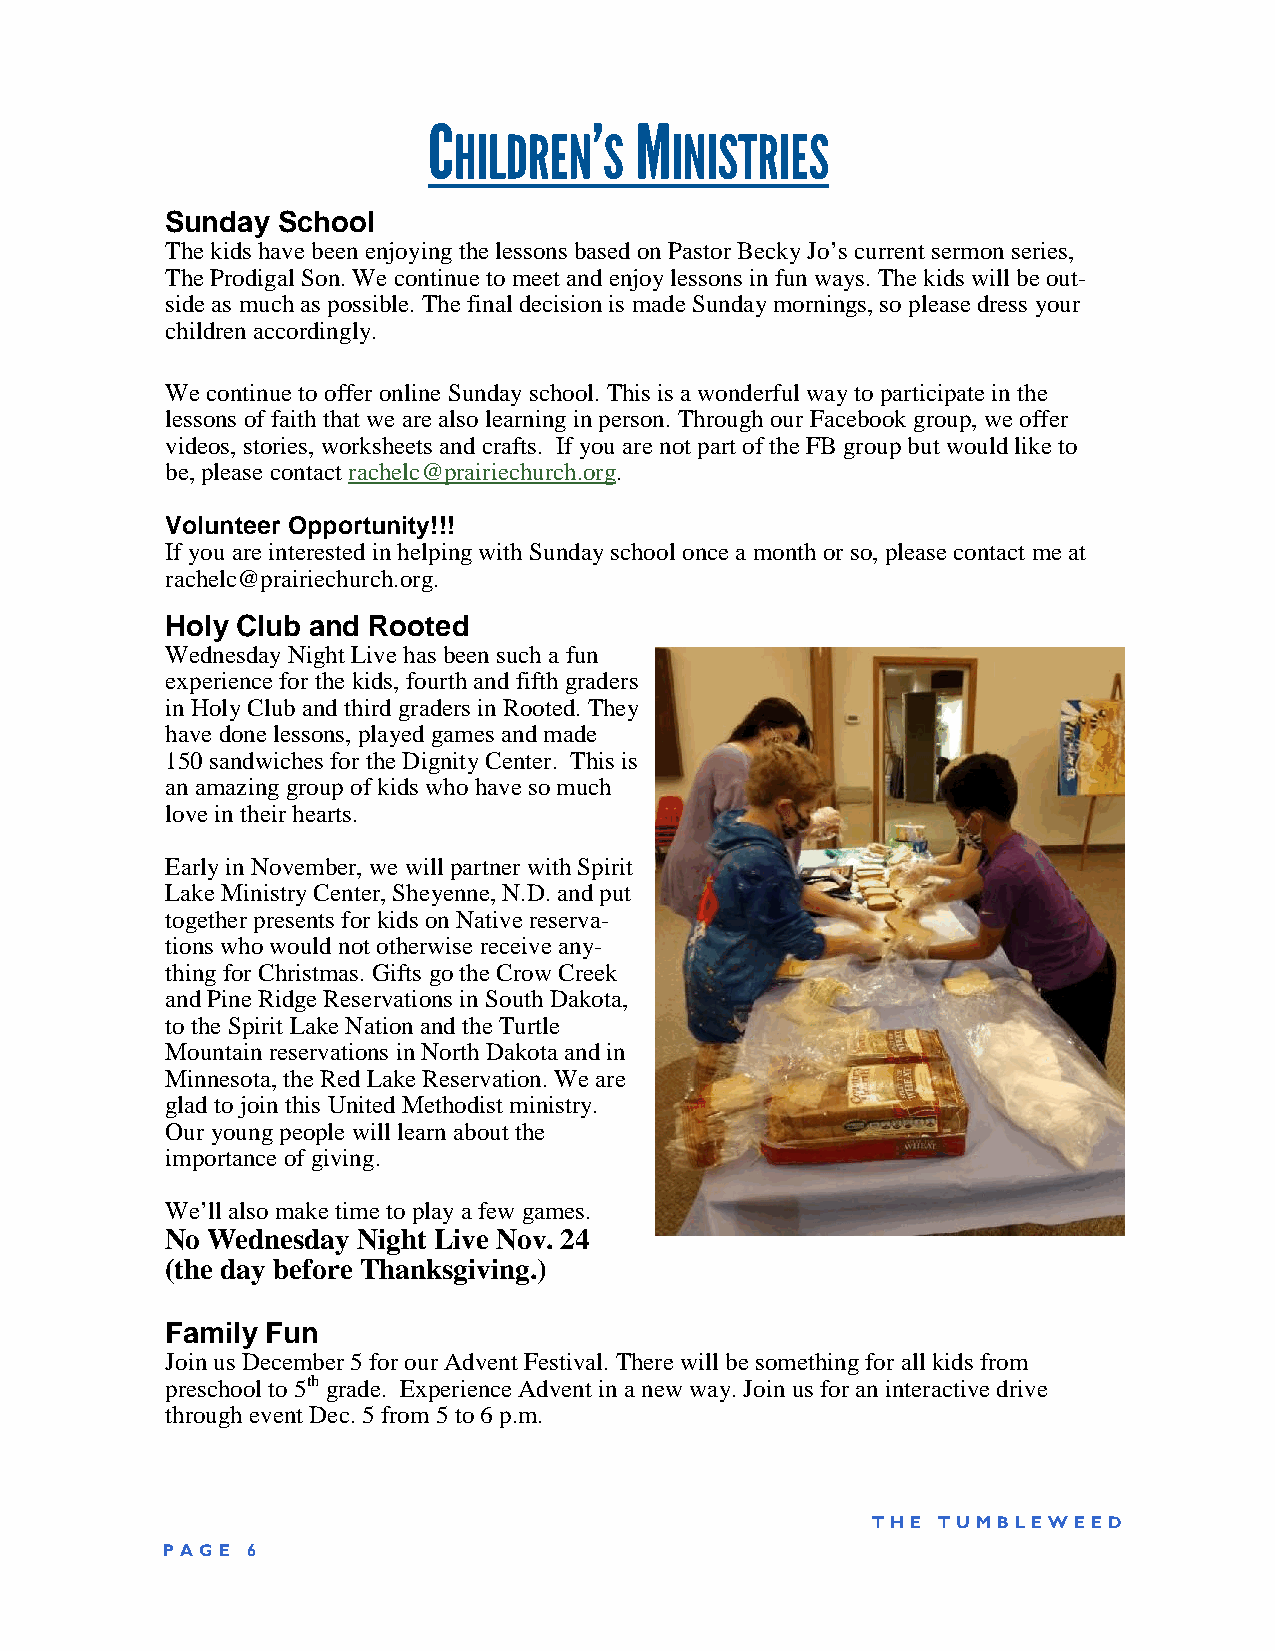
C          ’  M
 HILDREN   S   INISTRIES
 Sunday School
 The kids have been enjoying the lessons based on Pastor Becky Jo’s current sermon series,
 The Prodigal Son. We continue to meet and enjoy lessons in fun ways. The kids will be out-
 side as much as possible. The final decision is made Sunday mornings, so please dress your
 children accordingly.
 We continue to offer online Sunday school. This is a wonderful way to participate in the
 lessons of faith that we are also learning in person. Through our Facebook group, we offer
 videos, stories, worksheets and crafts. If you are not part of the FB group but would like to
 be, please contact rachelc@prairiechurch.org.
 Volunteer Opportunity!!!
 If you are interested in helping with Sunday school once a month or so, please contact me at
 rachelc@prairiechurch.org.
 Holy Club and Rooted
 Wednesday Night Live has been such a fun
 experience for the kids, fourth and fifth graders
 in Holy Club and third graders in Rooted. They
 have done lessons, played games and made
 150 sandwiches for the Dignity Center. This is
 an amazing group of kids who have so much
 love in their hearts.
 Early in November, we will partner with Spirit
 Lake Ministry Center, Sheyenne, N.D. and put
 together presents for kids on Native reserva-
 tions who would not otherwise receive any-
 thing for Christmas. Gifts go the Crow Creek
 and Pine Ridge Reservations in South Dakota,
 to the Spirit Lake Nation and the Turtle
 Mountain reservations in North Dakota and in
 Minnesota, the Red Lake Reservation. We are
 glad to join this United Methodist ministry.
 Our young people will learn about the
 importance of giving.
 We’ll also make time to play a few games.
 No Wednesday Night Live Nov. 24
 (the day before Thanksgiving.)
 Family Fun
 Join us December 5 for our Advent Festival. There will be something for all kids from
 preschool to 5th grade. Experience Advent in a new way. Join us for an interactive drive
 through event Dec. 5 from 5 to 6 p.m.
 TH E TUMB LE WE ED
 P AGE 6